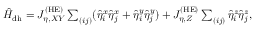
\begin{array} { r } { \hat { H } _ { \mathrm { d h } } = J _ { \eta , X Y } ^ { \mathrm { ( H E ) } } \sum _ { ( i j ) } ( \hat { \eta } _ { i } ^ { x } \hat { \eta } _ { j } ^ { x } + \hat { \eta } _ { i } ^ { y } \hat { \eta } _ { j } ^ { y } ) + J _ { \eta , Z } ^ { \mathrm { ( H E ) } } \sum _ { ( i j ) } \hat { \eta } _ { i } ^ { z } \hat { \eta } _ { j } ^ { z } , } \end{array}